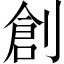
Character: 創